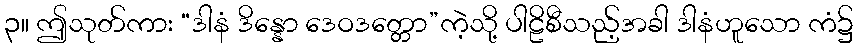
၃။ ဤသုတ်ကား “ဒါနံ ဒိန္နော ဒေဝဒတ္တော”ကဲ့သို့ ပါဠိစီသည့်အခါ ဒါနံဟူသော ကံ၌